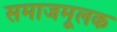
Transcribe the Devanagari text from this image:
समाजमूलक